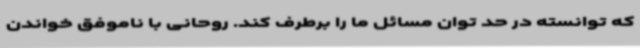
که توانسته در حد توان مسائل ما را برطرف کند. روحانی با ناموفق خواندن